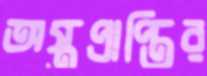
অস্ত্রপ্রাপ্তির